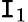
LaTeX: \mathtt{I}_{1}